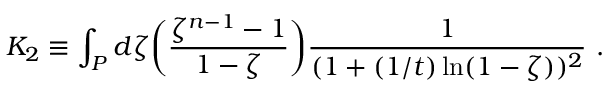
K _ { 2 } \equiv \int _ { P } d \zeta \biggl ( { \frac { \zeta ^ { n - 1 } - 1 } { 1 - \zeta } } \biggr ) { \frac { 1 } { ( 1 + ( 1 / t ) \ln ( 1 - \zeta ) ) ^ { 2 } } } \ .